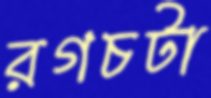
রগচটা